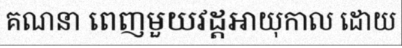
គណនា ពេញមួយវដ្តអាយុកាល ដោយ